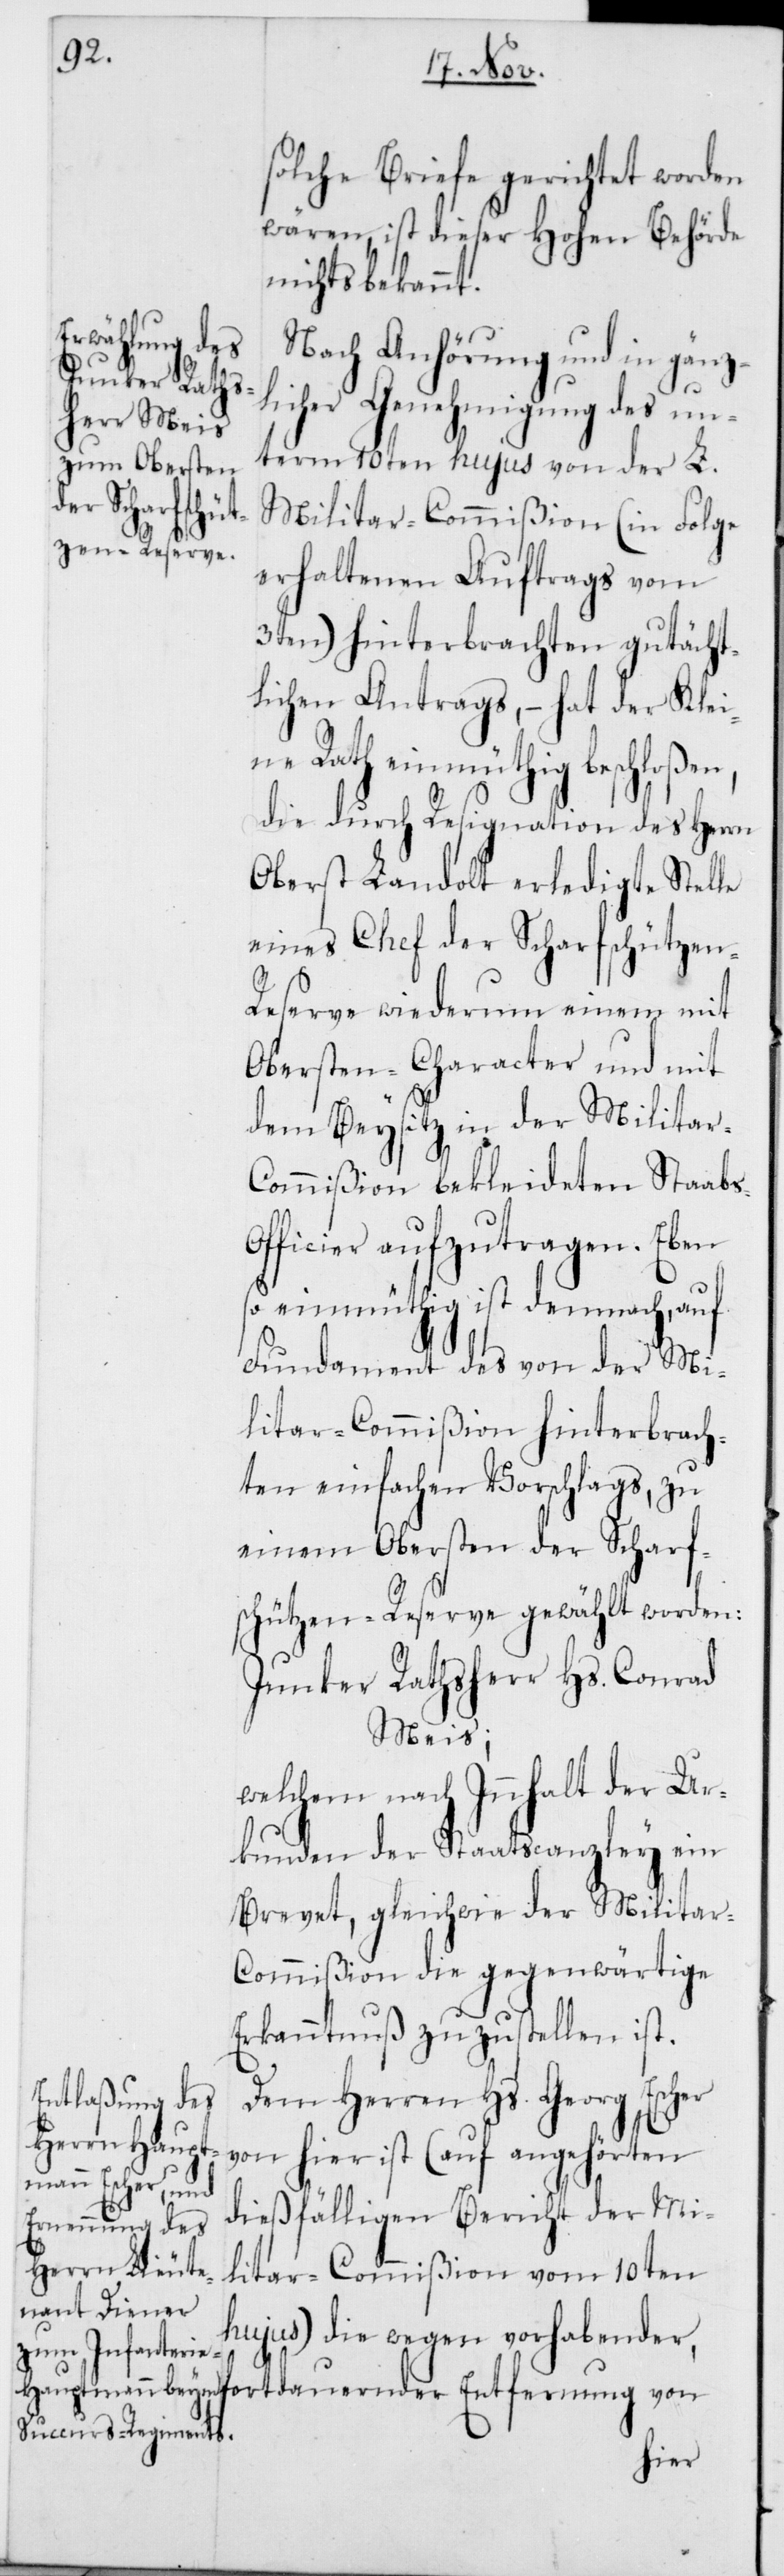
s-O¬
solche Briefe gerichtet worden
wären, ist dieser Hohen Behörde
nichts bekannt.
Nach Anhörung und in gänz¬
licher Genehmigung des un¬
term 10ten hujus von der L.
Militar-Commißion (in Folge
erhaltenen Auftrags vom
3ten) hinterbrachten gutächt¬
lichen Antrags, – hat der Klei¬
ne Rath einmüthig beschloßen,
die durch Resignation des Herrn
Oberst Landolt erledigte Stelle
eines Chef der Scharfschützen-R¬
eserve wiederum einem mit
Obersten-Character und mit
dem Beysitz in der Militar-C¬
ommißion bekleideten Staab¬
fficier aufzutragen. Eben
so einmüthig ist demnach, auf
Fundament des von der Mi¬
litar-Commißion hinterbrach¬
ten einfachen Vorschlags, zu
einem Obersten der Scharf¬
schützen-Reserve gewählt worden:
Junker Rathsherr Hs. Conrad
Meis;
welchem nach Innhalt der Ur¬
kunden der Staatscanzley ein
Brevet, gleichwie der Milita¬
r-Commißion, die gegenwärtige
Erkanntnuß zuzustellen ist.
Dem Herrn Hs. Georg Escher
von hier ist (auf angehörten
dießfälligen Bericht der Mi¬
litar-Commißion vom 10ten
hujus) die wegen vorhabender,
fortdauernder Entfernung von